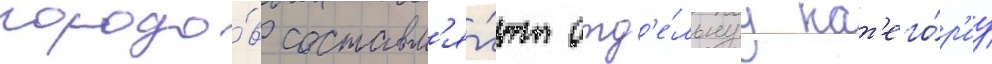
городо́в составл'я́ют отд'е́льнуу кат'его́р'иу